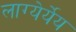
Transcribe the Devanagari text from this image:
लाग्येर्येय